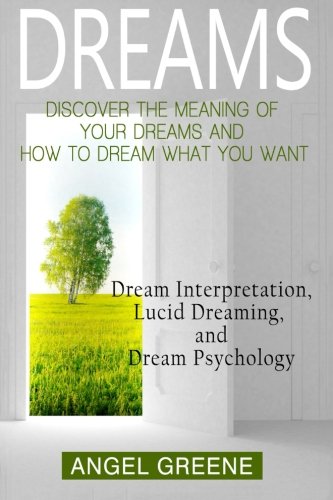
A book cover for Dreams: Discover the Meaning of Your Dreams and How to Dream What You Want - Dream Interpretation, Lucid Dreaming, and Dream Psychology; Angel Greene; Self-Help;